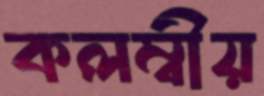
কলম্বীয়